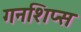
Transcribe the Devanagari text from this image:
गनशिप्स